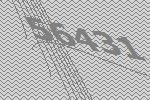
56431